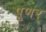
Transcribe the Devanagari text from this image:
पूणर्